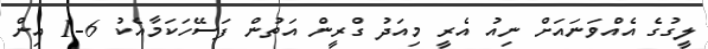
ލީގުގެ އެއްވަނައަށް ނިއު އެރީ މިއަދު ގްރީން އަތުން ފަސޭހަކަމާއެކު 6-1 އިން